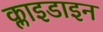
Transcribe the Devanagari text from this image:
क्लाइडाइन